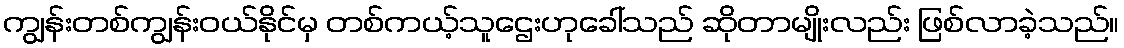
ကျွန်းတစ်ကျွန်းဝယ်နိုင်မှ တစ်ကယ့်သူဌေးဟုခေါ်သည် ဆိုတာမျိုးလည်း ဖြစ်လာခဲ့သည်။